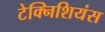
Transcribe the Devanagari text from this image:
टेक्निशियंस